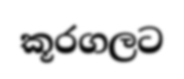
කූරගලට